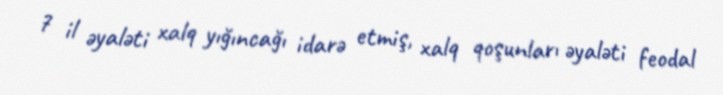
7 il əyaləti xalq yığıncağı idarə etmiş, xalq qoşunları əyaləti feodal